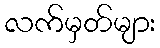
လက်မှတ်များ